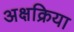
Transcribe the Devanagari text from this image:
अक्षक्रिया